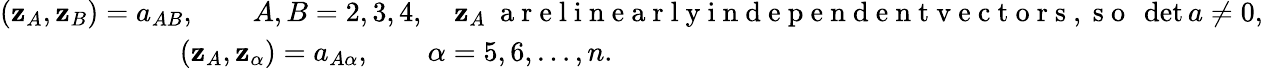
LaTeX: \begin{array}{r}{({\mathbf z}_{A},{\mathbf z}_{B})=a_{AB},\qquad A,B=2,3,4,\quad{\mathbf z}_{A}~\mathrm{~a~r~e~l~i~n~e~a~r~l~y~i~n~d~e~p~e~n~d~e~n~t~v~e~c~t~o~r~s~,~s~o~}~\operatorname*{det}a\ne 0,}\\ {({\mathbf z}_{A},{\mathbf z}_{\alpha})=a_{A\alpha},\qquad\alpha=5,6,\ldots,n.\qquad\qquad\qquad\qquad\qquad\qquad\qquad\qquad\qquad\qquad\qquad\quad}\end{array}